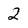
Character: 2